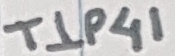
Text: TIP41